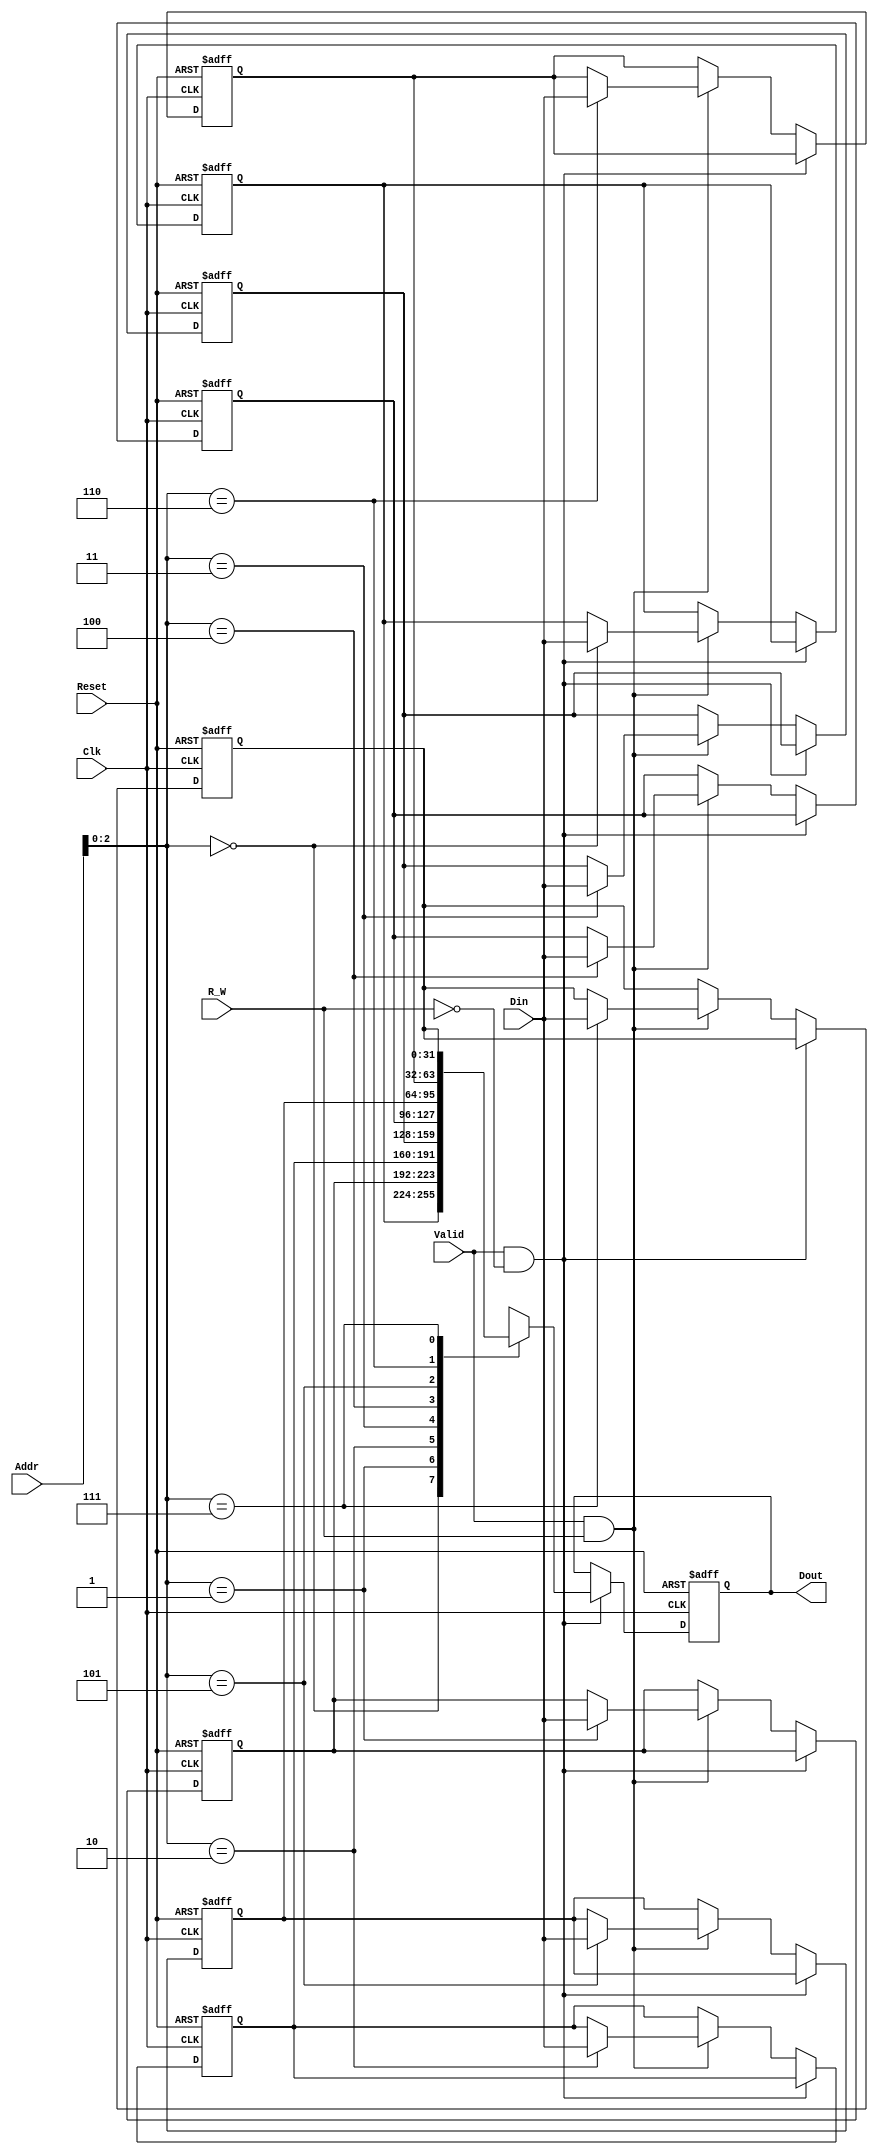
module Memory
#(  parameter WIDTH     = 8,
    parameter DinLENGTH = 32
)
(   input      [DinLENGTH-1:0]   Din,
    input      [WIDTH-1:0]       Addr,
    input                        R_W,
    input                        Valid,
    input                        Reset,
    input                        Clk,
    output reg  [DinLENGTH-1:0]  Dout
);
    localparam Read = 0;
    localparam Write = 1;
    integer iterator;

    reg      [DinLENGTH-1:0] 	RegBank [WIDTH-1:0];

    always @(posedge Clk, posedge Reset)
    if(Reset)begin
      for(iterator = 0; iterator < WIDTH; iterator = iterator + 1)begin
            RegBank[iterator] = 0;
            Dout              = 0;
        end
    end
    else if(Valid && R_W == Read)begin
            Dout <= RegBank[Addr];
    end
    else if(Valid && R_W == Write)begin
            RegBank[Addr] <= Din;
    end
endmodule